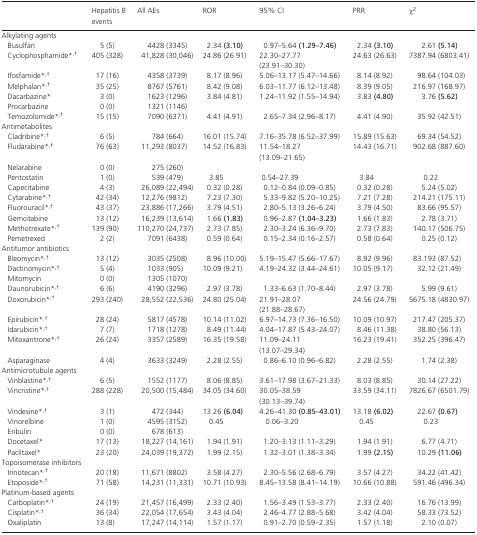
<table><thead><tr><td></td><td><b>Hepatitis B events</b></td><td><b>All AEs</b></td><td><b>ROR</b></td><td><b>95% CI</b></td><td><b>PRR</b></td><td><b><i>χ</i><sup>2</sup></b></td></tr></thead><tbody><tr><td colspan="7">Alkylating agents</td></tr><tr><td>Busulfan</td><td>5 (5)</td><td>4428 (3345)</td><td>2.34 <b>(3.10)</b></td><td>0.97–5.64 <b>(1.29–7.46)</b></td><td>2.34 <b>(3.10)</b></td><td>2.61 <b>(5.14)</b></td></tr><tr><td>Cyclophosphamide*<sup>,</sup>†</td><td>405 (328)</td><td>41,828 (30,046)</td><td>24.86 (26.91)</td><td>22.30–27.77 (23.91–30.30)</td><td>24.63 (26.63)</td><td>7387.94 (6803.41)</td></tr><tr><td>Ifosfamide*<sup>,</sup>†</td><td>17 (16)</td><td>4358 (3739)</td><td>8.17 (8.96)</td><td>5.06–13.17 (5.47–14.66)</td><td>8.14 (8.92)</td><td>98.64 (104.03)</td></tr><tr><td>Melphalan*<sup>,</sup>†</td><td>35 (25)</td><td>8767 (5761)</td><td>8.42 (9.08)</td><td>6.03–11.77 (6.12–13.48)</td><td>8.39 (9.05)</td><td>216.97 (168.97)</td></tr><tr><td>Dacarbazine*</td><td>3 (0)</td><td>1623 (1296)</td><td>3.84 (4.81)</td><td>1.24–11.92 (1.55–14.94)</td><td>3.83 <b>(4.80)</b></td><td>3.76 <b>(5.62)</b></td></tr><tr><td>Procarbazine</td><td>0 (0)</td><td>1321 (1146)</td><td></td><td></td><td></td><td></td></tr><tr><td>Temozolomide*<sup>,</sup>†</td><td>15 (15)</td><td>7090 (6371)</td><td>4.41 (4.91)</td><td>2.65–7.34 (2.96–8.17)</td><td>4.41 (4.90)</td><td>35.92 (42.51)</td></tr><tr><td colspan="7">Antimetabolites</td></tr><tr><td>Cladribine*<sup>,</sup>†</td><td>6 (5)</td><td>784 (664)</td><td>16.01 (15.74)</td><td>7.16–35.78 (6.52–37.99)</td><td>15.89 (15.63)</td><td>69.34 (54.52)</td></tr><tr><td>Fludarabine*<sup>,</sup>†</td><td>76 (63)</td><td>11,293 (8037)</td><td>14.52 (16.83)</td><td>11.54–18.27 (13.09–21.65)</td><td>14.43 (16.71)</td><td>902.68 (887.60)</td></tr><tr><td>Nelarabine</td><td>0 (0)</td><td>275 (260)</td><td></td><td></td><td></td><td></td></tr><tr><td>Pentostatin</td><td>1 (0)</td><td>539 (479)</td><td>3.85</td><td>0.54–27.39</td><td>3.84</td><td>0.22</td></tr><tr><td>Capecitabine</td><td>4 (3)</td><td>26,089 (22,494)</td><td>0.32 (0.28)</td><td>0.12–0.84 (0.09–0.85)</td><td>0.32 (0.28)</td><td>5.24 (5.02)</td></tr><tr><td>Cytarabine*<sup>,</sup>†</td><td>42 (34)</td><td>12,276 (9812)</td><td>7.23 (7.30)</td><td>5.33–9.82 (5.20–10.25)</td><td>7.21 (7.28)</td><td>214.21 (175.11)</td></tr><tr><td>Fluorouracil*<sup>,</sup>†</td><td>43 (37)</td><td>23,886 (17,266)</td><td>3.79 (4.51)</td><td>2.80–5.13 (3.26–6.24)</td><td>3.79 (4.50)</td><td>83.66 (95.57)</td></tr><tr><td>Gemcitabine</td><td>13 (12)</td><td>16,239 (13,614)</td><td>1.66 <b>(1.83)</b></td><td>0.96–2.87 <b>(1.04–3.23)</b></td><td>1.66 (1.83)</td><td>2.78 (3.71)</td></tr><tr><td>Methotrexate*<sup>,</sup>†</td><td>139 (90)</td><td>110,270 (24,737)</td><td>2.73 (7.85)</td><td>2.30–3.24 (6.36–9.70)</td><td>2.73 (7.83)</td><td>140.17 (506.75)</td></tr><tr><td>Pemetrexed</td><td>2 (2)</td><td>7091 (6438)</td><td>0.59 (0.64)</td><td>0.15–2.34 (0.16–2.57)</td><td>0.58 (0.64)</td><td>0.25 (0.12)</td></tr><tr><td colspan="7">Antitumor antibiotics</td></tr><tr><td>Bleomycin*<sup>,</sup>†</td><td>13 (12)</td><td>3035 (2508)</td><td>8.96 (10.00)</td><td>5.19–15.47 (5.66–17.67)</td><td>8.92 (9.96)</td><td>83.193 (87.52)</td></tr><tr><td>Dactinomycin*<sup>,</sup>†</td><td>5 (4)</td><td>1033 (905)</td><td>10.09 (9.21)</td><td>4.19–24.32 (3.44–24.61)</td><td>10.05 (9.17)</td><td>32.12 (21.49)</td></tr><tr><td>Mitomycin</td><td>0 (0)</td><td>1305 (1070)</td><td></td><td></td><td></td><td></td></tr><tr><td>Daunorubicin*<sup>,</sup>†</td><td>6 (6)</td><td>4190 (3296)</td><td>2.97 (3.78)</td><td>1.33–6.63 (1.70–8.44)</td><td>2.97 (3.78)</td><td>5.99 (9.61)</td></tr><tr><td>Doxorubicin*<sup>,</sup>†</td><td>293 (240)</td><td>28,552 (22,536)</td><td>24.80 (25.04)</td><td>21.91–28.07 (21.88–28.67)</td><td>24.56 (24.79)</td><td>5675.18 (4830.97)</td></tr><tr><td>Epirubicin*<sup>,</sup>†</td><td>28 (24)</td><td>5817 (4578)</td><td>10.14 (11.02)</td><td>6.97–14.73 (7.36–16.50)</td><td>10.09 (10.97)</td><td>217.47 (205.37)</td></tr><tr><td>Idarubicin*<sup>,</sup>†</td><td>7 (7)</td><td>1718 (1278)</td><td>8.49 (11.44)</td><td>4.04–17.87 (5.43–24.07)</td><td>8.46 (11.38)</td><td>38.80 (56.13)</td></tr><tr><td>Mitoxantrone*<sup>,</sup>†</td><td>26 (24)</td><td>3357 (2589)</td><td>16.35 (19.58)</td><td>11.09–24.11 (13.07–29.34)</td><td>16.23 (19.41)</td><td>352.25 (396.47)</td></tr><tr><td>Asparaginase</td><td>4 (4)</td><td>3633 (3249)</td><td>2.28 (2.55)</td><td>0.86–6.10 (0.96–6.82)</td><td>2.28 (2.55)</td><td>1.74 (2.38)</td></tr><tr><td colspan="7">Antimicrotubule agents</td></tr><tr><td>Vinblastine*<sup>,</sup>†</td><td>6 (5)</td><td>1552 (1177)</td><td>8.06 (8.85)</td><td>3.61–17.98 (3.67–21.33)</td><td>8.03 (8.85)</td><td>30.14 (27.22)</td></tr><tr><td>Vincristine*<sup>,</sup>†</td><td>288 (228)</td><td>20,500 (15,484)</td><td>34.05 (34.60)</td><td>30.05–38.59 (30.13–39.74)</td><td>33.59 (34.11)</td><td>7826.67 (6501.79)</td></tr><tr><td>Vindesine*<sup>,</sup>†</td><td>3 (1)</td><td>472 (344)</td><td>13.26 <b>(6.04)</b></td><td>4.26–41.30 <b>(0.85–43.01)</b></td><td>13.18 <b>(6.02)</b></td><td>22.67 <b>(0.67)</b></td></tr><tr><td>Vinorelbine</td><td>1 (0)</td><td>4595 (3152)</td><td>0.45</td><td>0.06–3.20</td><td>0.45</td><td>0.23</td></tr><tr><td>Eribulin</td><td>0 (0)</td><td>678 (613)</td><td></td><td></td><td></td><td></td></tr><tr><td>Docetaxel*</td><td>17 (13)</td><td>18,227 (14,161)</td><td>1.94 (1.91)</td><td>1.20–3.13 (1.11–3.29)</td><td>1.94 (1.91)</td><td>6.77 (4.71)</td></tr><tr><td>Paclitaxel*</td><td>23 (20)</td><td>24,039 (19,372)</td><td>1.99 (2.15)</td><td>1.32–3.01 (1.38–3.34)</td><td>1.99 <b>(2.15)</b></td><td>10.29 <b>(11.06)</b></td></tr><tr><td colspan="7">Topoisomerase inhibitors</td></tr><tr><td>Irinotecan*<sup>,</sup>†</td><td>20 (18)</td><td>11,671 (8802)</td><td>3.58 (4.27)</td><td>2.30–5.56 (2.68–6.79)</td><td>3.57 (4.27)</td><td>34.22 (41.42)</td></tr><tr><td>Etoposide*<sup>,</sup>†</td><td>71 (58)</td><td>14,231 (11,331)</td><td>10.71 (10.93)</td><td>8.45–13.58 (8.41–14.19)</td><td>10.66 (10.88)</td><td>591.46 (496.34)</td></tr><tr><td colspan="7">Platinum‐based agents</td></tr><tr><td>Carboplatin*<sup>,</sup>†</td><td>24 (19)</td><td>21,457 (16,499)</td><td>2.33 (2.40)</td><td>1.56–3.49 (1.53–3.77)</td><td>2.33 (2.40)</td><td>16.76 (13.99)</td></tr><tr><td>Cisplatin*<sup>,</sup>†</td><td>36 (34)</td><td>22,054 (17,654)</td><td>3.43 (4.04)</td><td>2.46–4.77 (2.88–5.68)</td><td>3.42 (4.04)</td><td>58.33 (73.52)</td></tr><tr><td>Oxaliplatin</td><td>13 (8)</td><td>17,247 (14,114)</td><td>1.57 (1.17)</td><td>0.91–2.70 (0.59–2.35)</td><td>1.57 (1.18)</td><td>2.10 (0.07)</td></tr></tbody></table>